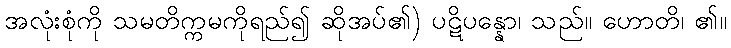
အလုံးစုံကို သမတိက္ကမကိုရည်၍ ဆိုအပ်၏) ပဋိပန္နော၊ သည်။ ဟောတိ၊ ၏။